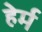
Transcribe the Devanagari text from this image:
हेर्म